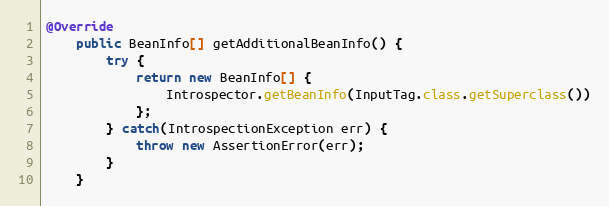
Language: Java
@Override
	public BeanInfo[] getAdditionalBeanInfo() {
		try {
			return new BeanInfo[] {
				Introspector.getBeanInfo(InputTag.class.getSuperclass())
			};
		} catch(IntrospectionException err) {
			throw new AssertionError(err);
		}
	}